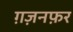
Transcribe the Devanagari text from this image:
ग़ज़नफ़र